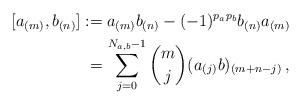
LaTeX: \begin{align*}[a_{(m)}, b_{(n)}] :=&\; a_{(m)} b_{(n)} - (-1)^{p_a p_b} b_{(n)} a_{(m)} \\=&\, \sum_{j=0}^{N_{a,b}-1} \binom{m}{j} (a_{(j)}b)_{(m+n-j)} \,,\end{align*}